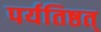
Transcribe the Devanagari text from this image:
पर्यतिष्ठत्